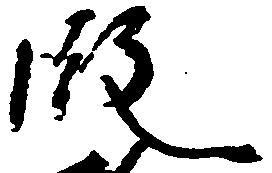
段